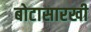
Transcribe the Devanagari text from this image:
बोटासारखी